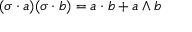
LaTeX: ( \sigma \cdot a ) ( \sigma \cdot b ) = a \cdot b + a \wedge b